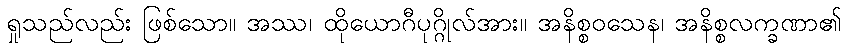
ရှုသည်လည်း ဖြစ်သော။ အဿ၊ ထိုယောဂီပုဂ္ဂိုလ်အား။ အနိစ္စဝသေန၊ အနိစ္စလက္ခဏာ၏